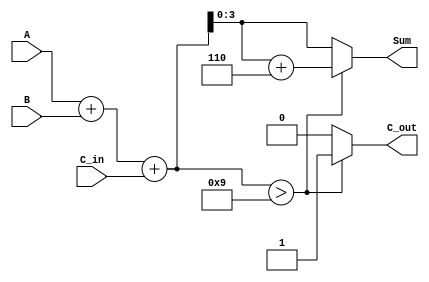
module bcd_lut_adder (
    input  [3:0] A,      // First BCD digit (0-9)
    input  [3:0] B,      // Second BCD digit (0-9)
    input        C_in,    // Carry-in
    output reg [3:0] Sum, // BCD Sum output
    output reg C_out      // Carry-out
);

    // Internal signals
    wire [4:0] S; // 5-bit sum to accommodate carry
    wire [4:0] corrected_sum;
    
    // Compute the binary sum
    assign S = A + B + C_in;

    // LUT for BCD correction
    always @(*) begin
        // Default values
        Sum = 4'b0000;
        C_out = 1'b0;

        // Check if the sum exceeds 9
        if (S > 9) begin
            // Apply correction by adding 6 (0110)
            corrected_sum = S + 5'b00110;
            Sum = corrected_sum[3:0]; // Take the lower 4 bits for BCD
            C_out = 1'b1; // Set carry-out
        end else begin
            Sum = S[3:0]; // If no correction needed, take the lower 4 bits
            C_out = 1'b0; // No carry-out
        end
    end
endmodule